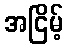
အငြိမ့်